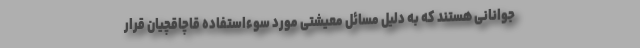
جوانانی هستند که به دلیل مسائل معیشتی مورد سوءاستفاده قاچاقچیان قرار